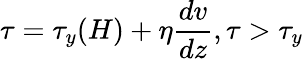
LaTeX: \tau=\tau_{y}(H)+\eta{\frac{dv}{dz}},\tau>\tau_{y}